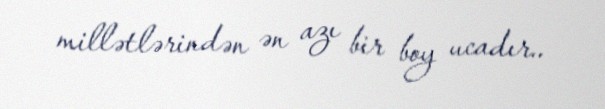
millətlərindən ən azı bir boy ucadır..